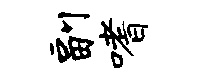
副嗜